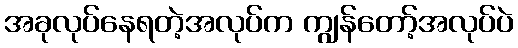
အခုလုပ်နေရတဲ့အလုပ်က ကျွန်တော့်အလုပ်ပဲ